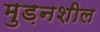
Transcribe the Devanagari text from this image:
मुड़नशील